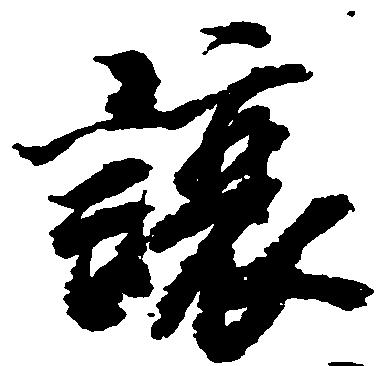
譲